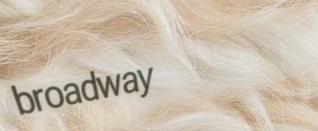
broadway